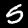
Digit: 5